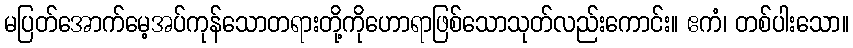
မပြတ်အောက်မေ့အပ်ကုန်သောတရားတို့ကိုဟောရာဖြစ်သောသုတ်လည်းကောင်း။ ဧကံ၊ တစ်ပါးသော။